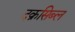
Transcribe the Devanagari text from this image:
दक्रसिब्ल